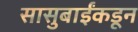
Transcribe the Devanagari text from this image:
सासुबाईंकडून